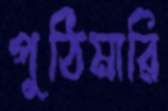
পুঠিমারি